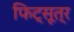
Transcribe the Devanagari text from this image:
फिट्सूत्र